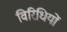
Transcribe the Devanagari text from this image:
विरिधियों